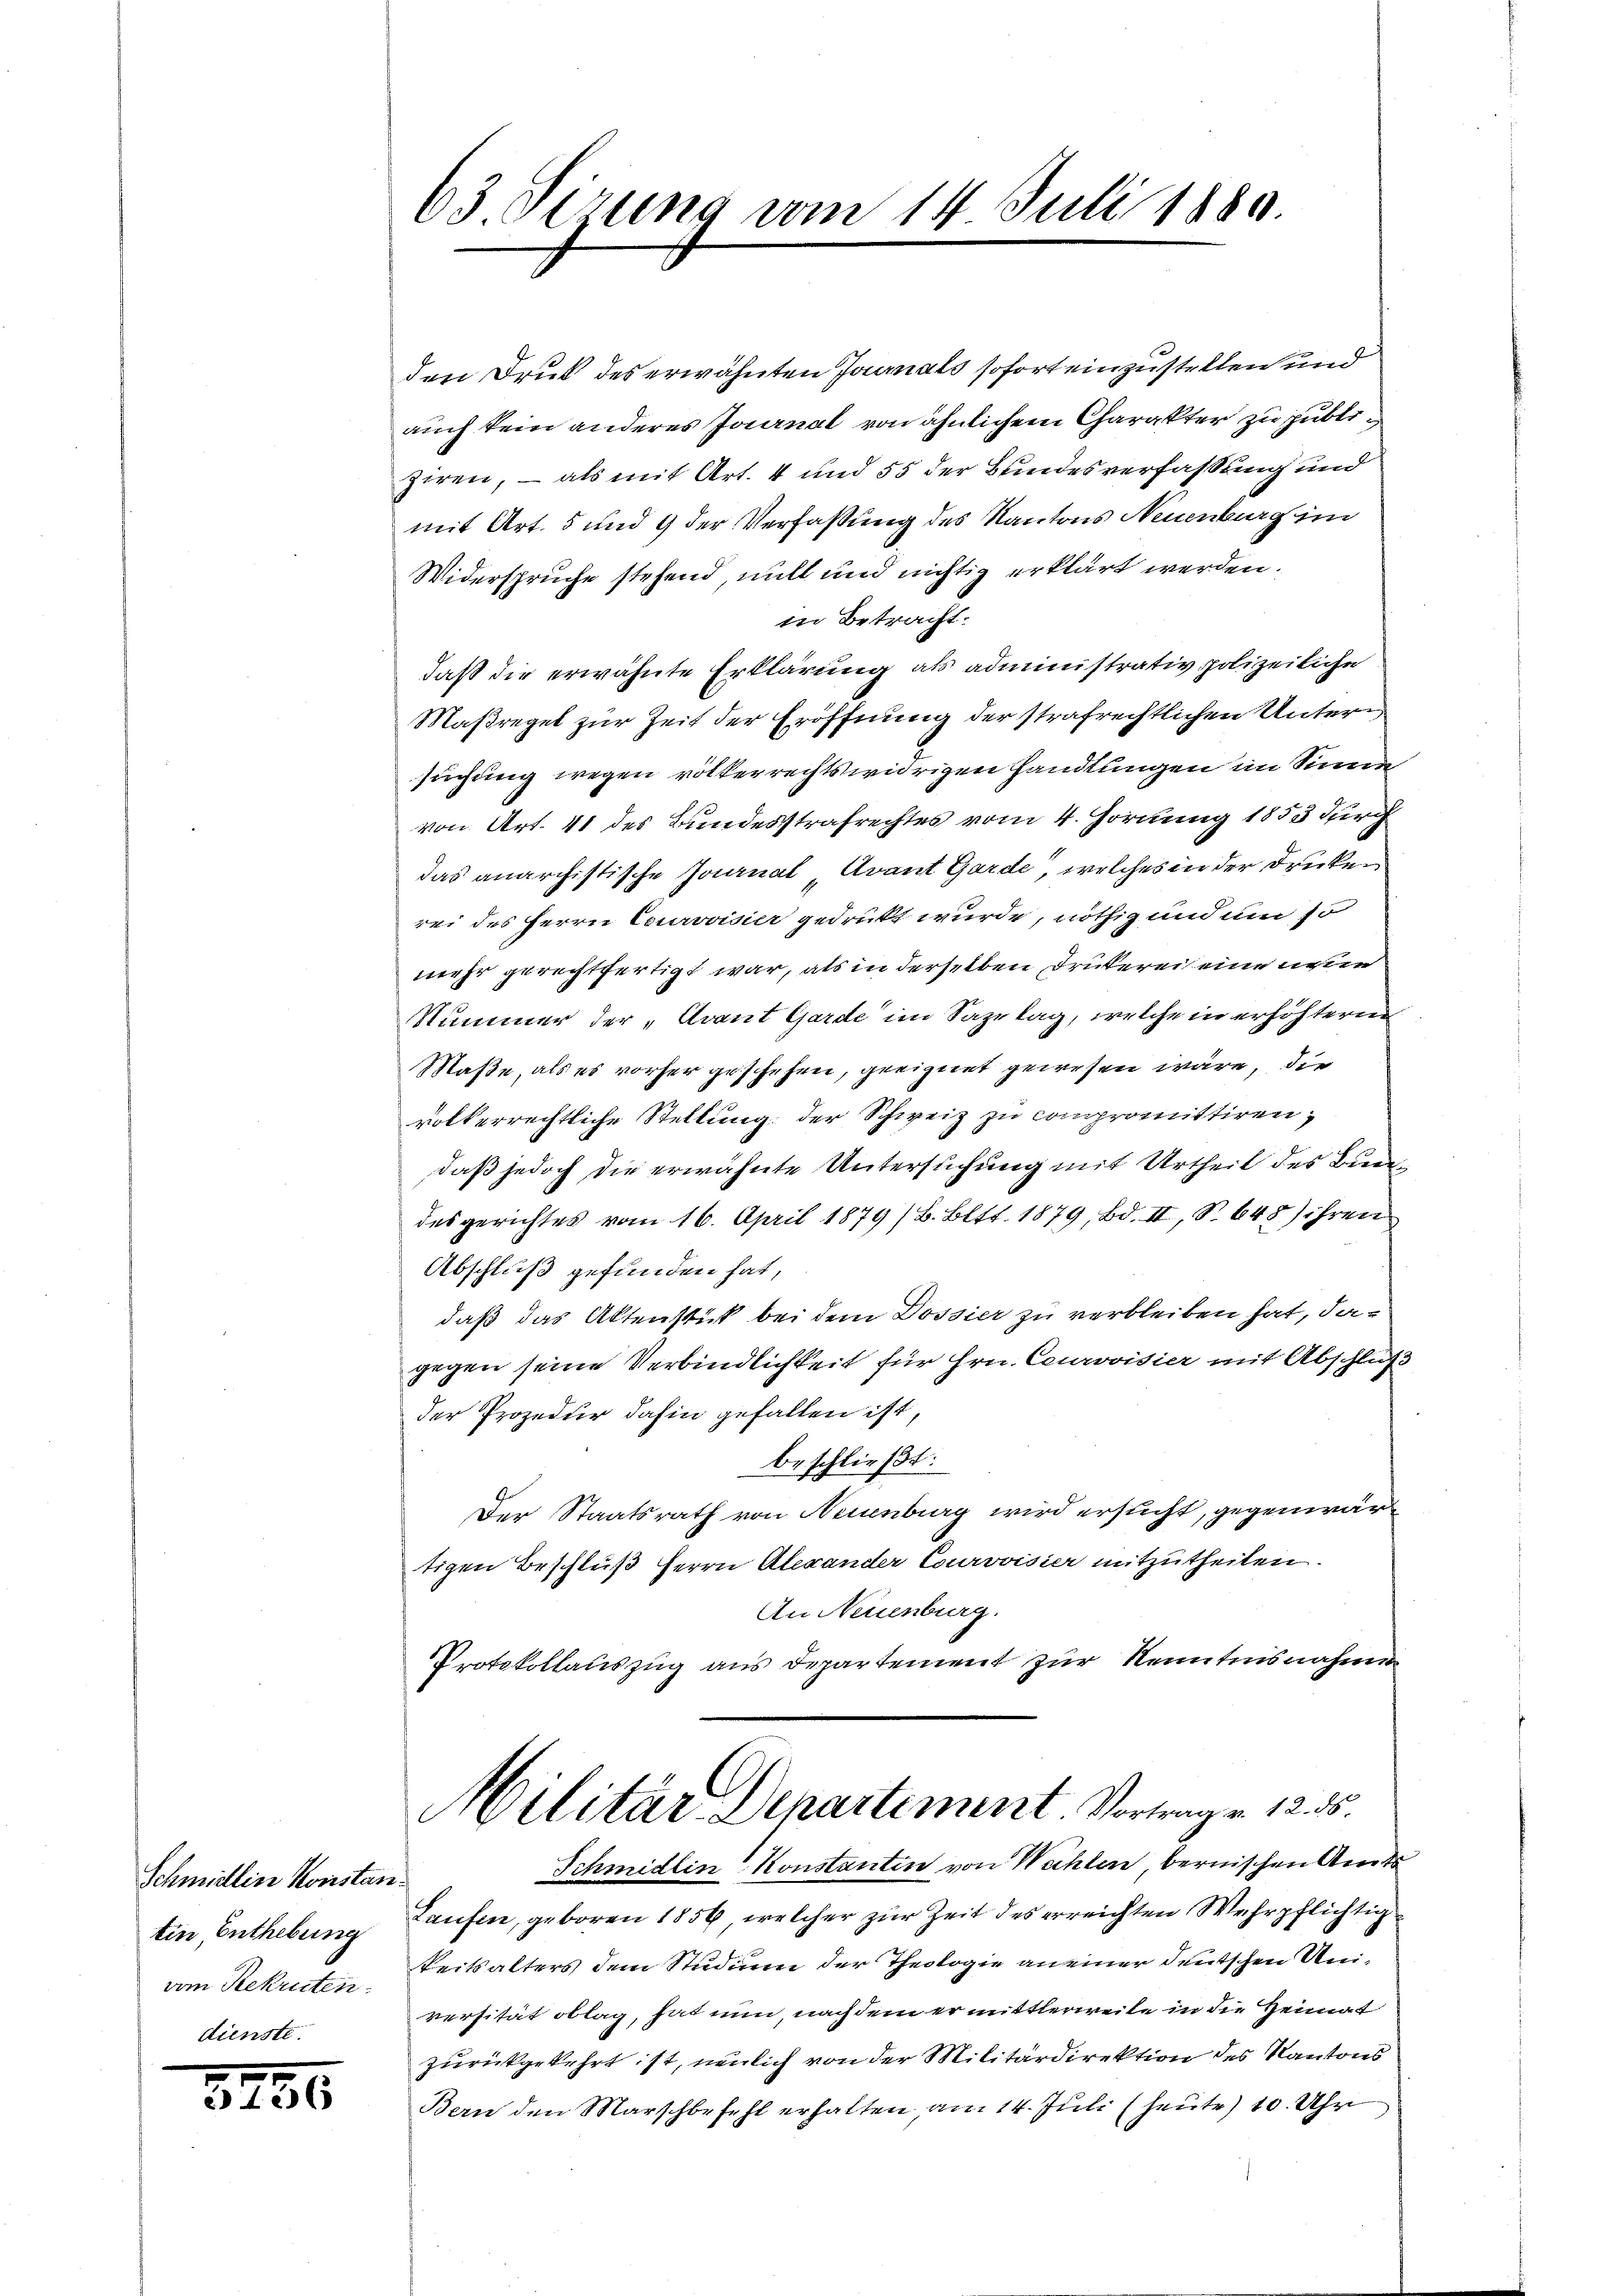
Schmillin Konstan
tin Enthebung
vom Rekruten.

3186

63 Sirung vom 14. Juli 1880.

den Druk des erwähnten Journals sofort einzustellen und
auch kein anderes Journal von ähnlichem Charakter zu publiziren, – als mit Art. 4 und 55 der Bundesverfassung und
mit Art. 5 und 9 der Verfassung des Kantons Neuenburg im
Widerspruche stehend, will und nichtig erklärt werden.
in Betracht:
daß die erwähnte Erklärung als administrativ, polizeiliche
Maßregel zur Zeit der Eröffnung der strafrechtlichen Untersuchung wegen völkerrechtswidrigen Handlungen im Sinne
von Art. 41 des Bundesstrafrechtes vom 4. Hornung 1853 durch
das anarchistische Journal Avant Garde, welches in der Drucken
rei des Herrn Courvoisier gedrückt wurde, nöthig und um so
mehr gerechtfertigt war, als in derselben Drukerei eine weden
Nummer der „Avant Garde im Sazelag, welche in erhöhterne
Maße, als es vorher geschehen, geeignet gewesen wäre, die
völkerrechtliche Stellung der Schweiz zu compromittiren;
daß jedoch die erwähnte Untersuchung mit Urtheil des Bundesgerichtes vom 16. April 1879 /B. Bltt. 1879, Bd. II, S. 648) ihren
Abschluß gefunden hat,
daß das Aktenstück bei dem Dossier zu verbleiben hat, dagegen seine Verbindlichkeit für Hrn. Courvoisier mit Abschluß
der Prozedur dahin gefallen ist,
beschließt:
Der Staatsrath von Neuenburg wird ersucht, gegenwärtigen Beschluß Herrn Alexander Courvoisier mitzutheilen.
An Neuenburg.
Protokollauszug aus Departement zur Kenntnisnahme
Militär-Departement. Vortrage 1255.
Schmidlin Konstantin von Wahlen bernischen Amts
Laufen, geboren 1856, welcher zur Zeit des erreichten Wehrpflichtig
keitsalters dem Studium der Theologie an einer deutschen Universität oblag, hat nun, nach dem er mittlerweile in die Heimat
zurückgekehrt ist, neulich von der Militärdirektion des Kantons
Bern den Marschbefehl erhalten, am 14. Juli (heute) 10. Uhr